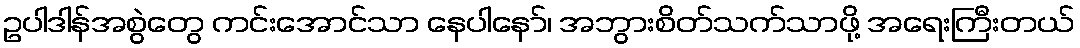
ဥပါဒါန်အစွဲတွေ ကင်းအောင်သာ နေပါနော်၊ အဘွားစိတ်သက်သာဖို့ အရေးကြီးတယ်